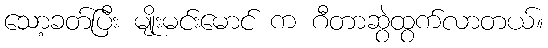
သော့ခတ်ပြီး မျိုးမင်းမောင် က ဂီတာဆွဲထွက်လာတယ်။